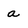
Character: a